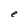
Character: e